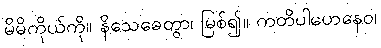
မိမိကိုယ်ကို။ နိသေဓေတွာ၊ မြစ်၍။ ကတိပါဟေနေဝ၊